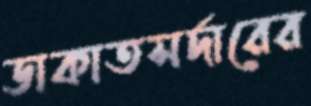
ডাকাতসর্দারের